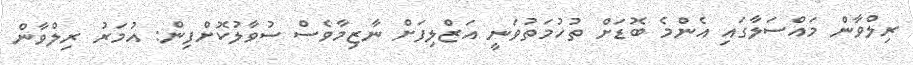
ރިލްވާން މައްސަލާގައި އެންމެ ބޮޑަށް ތުހުމަތުވަނީ އަޒްލިފަށް ނާޒިމާވެސް ސުވާލުކޮށްފިން: އުމަރު ރިލްވާން